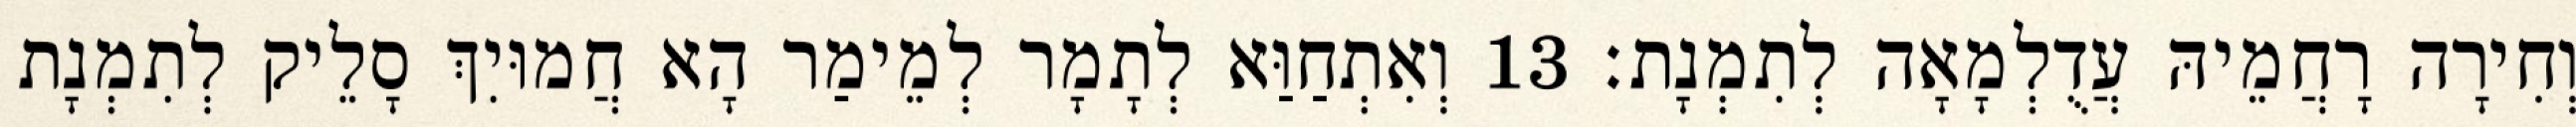
וְחִירָה רָחֲמֵיהּ עֲדֻלְמָאָה לְתִמְנָת׃ 13 וְאִתְחַוַּא לְתָמָר לְמֵימַר הָא חֲמוּיִךְ סָלֵיק לְתִמְנָת